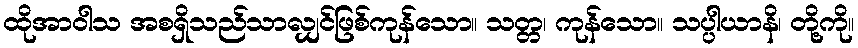
ထိုအာဝါသ အစရှိသည်သာလျှင်ဖြစ်ကုန်သော။ သတ္တ၊ ကုန်သော။ သပ္ပါယာနိ၊ တို့ကို။